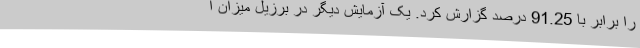
را برابر با 91.25 درصد گزارش کرد. یک آزمایش دیگر در برزیل میزان ا